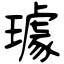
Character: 璩